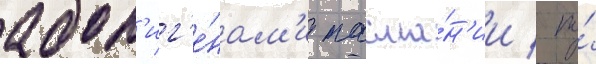
абор'иг'е́нам'и тасма́н'ии / по́